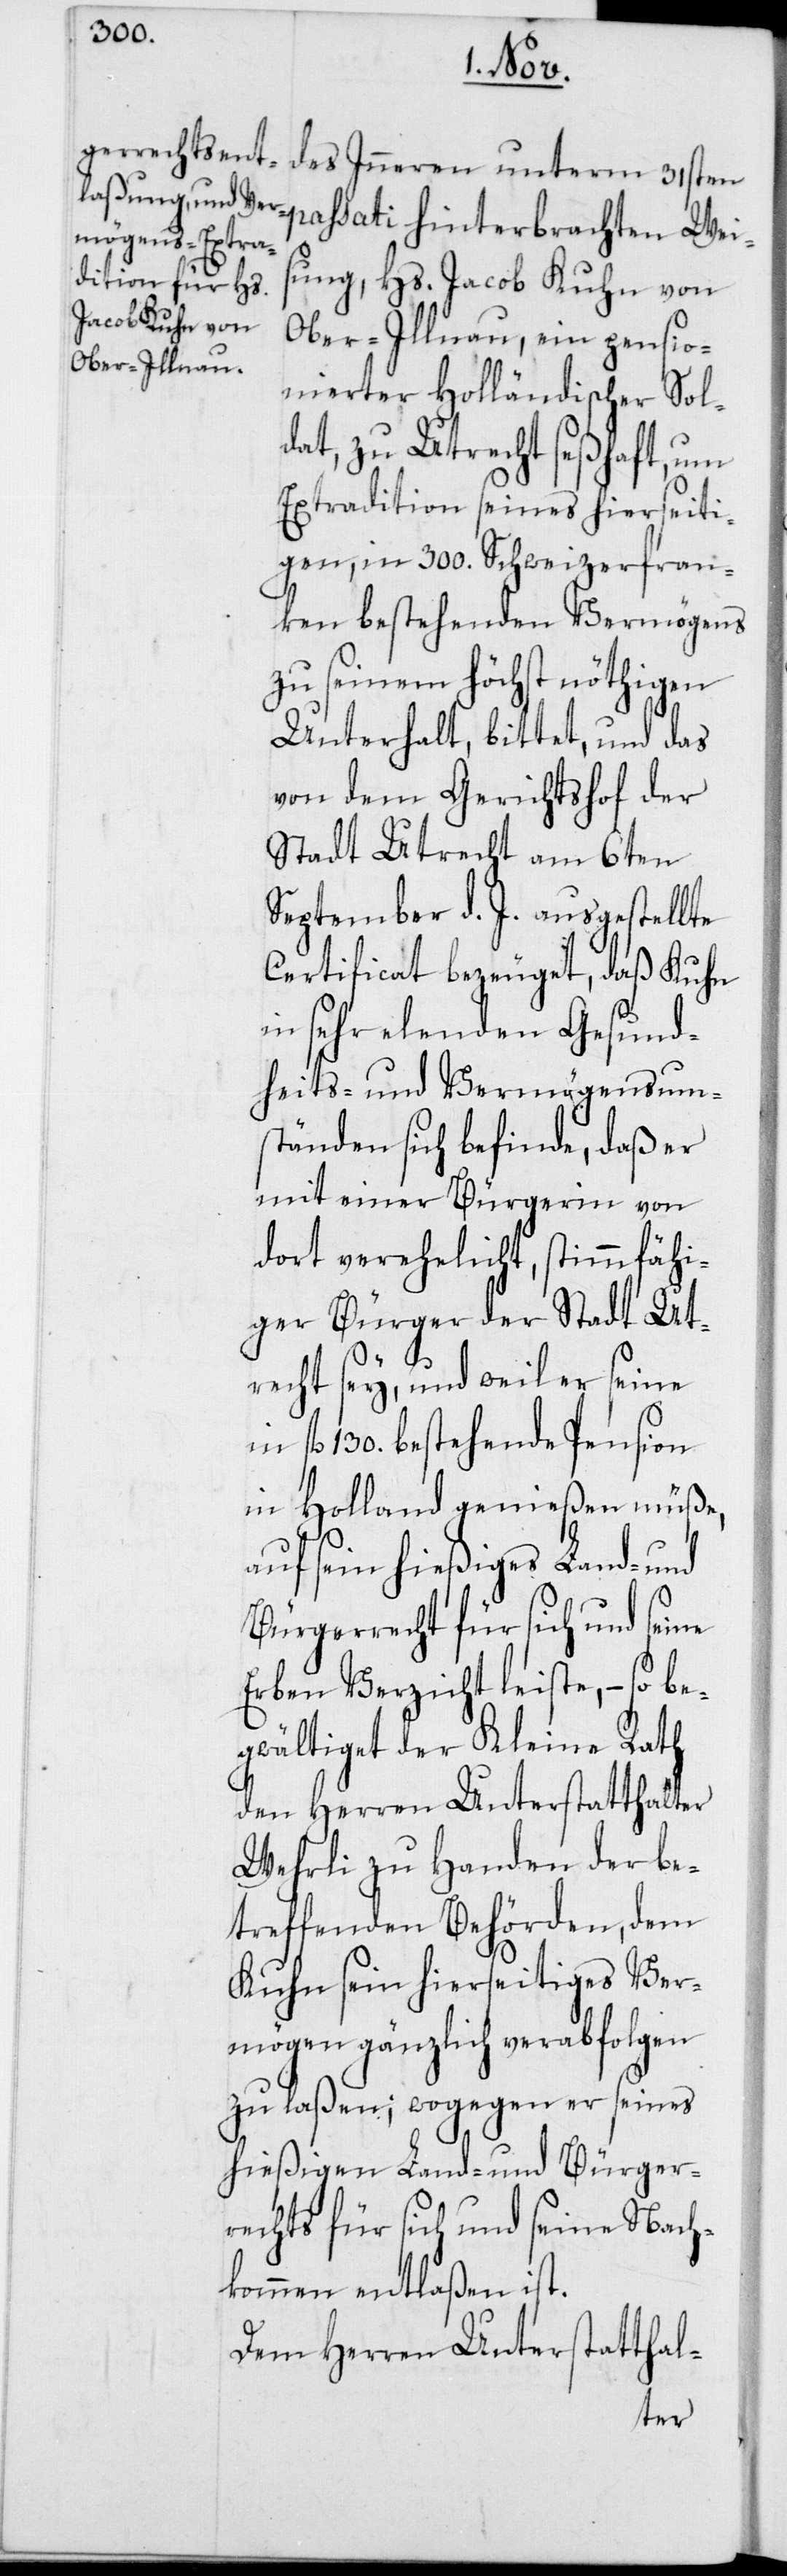
des Inneren unterm 31sten
passati hinterbrachten Wei¬
sung, Hs. Jacob Kuhn von
Ober-Illnau, ein pensio¬
nierter Holländischer Sol¬
dat, zu Utrecht seßhaft, um
Extradition seines hierseiti¬
gen, in 300. Schweizerfran¬
ken bestehenden Vermögens
zu seinem höchst nöthigen
Unterhalt, bittet, und das
von dem Gerichtshof der
Stadt Utrecht am 6ten
September d. J. ausgestellte
Certificat bezeuget, daß Kuhn
in sehr elenden Gesund¬
heits- und Vermögensum¬
ständen sich befinde, daß er
mit einer Bürgerin von
dort verehelicht, stimmfähi¬
ger Bürger der Stadt Ut¬
recht sey, und weil er seine
fl. 130. bestehende Pension
in Holland genießen müße,
auf sein hießiges Land- und
Bürgerrecht für sich und seine
Erben Verzicht leiste, – so be¬
gwältiget der Kleine Rath
den Herren Unterstatthalter
Wehrli zu Handen der be¬
treffenden Behörden, dem
Kuhn sein hierseitiges Ver¬
mögen gänzlich verabfolgen
zu laßen; wogegen er seines
hießigen Land- und Bürger¬
rechts für sich und seine Nach¬
kommen entlaßen ist.
Dem Herren Unterstatthal-